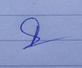
Signature authenticity: genuine